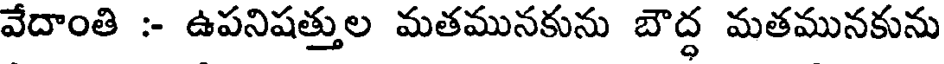
వేదాంతి :- ఉపనిషత్తుల మతమునకును బౌద్ధ మతమునకును